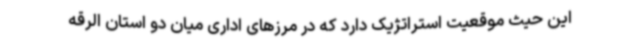
این حیث موقعیت استراتژیک دارد که در مرزهای اداری میان دو استان الرقه